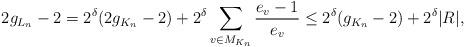
LaTeX: \begin{align*}2g_{L_n}-2=2^{\delta}(2g_{K_n}-2)+2^{\delta}\sum_{v\in M_{K_n}}\frac{e_v-1}{e_v}\leq 2^{\delta}(g_{K_n}-2)+2^{\delta}|R|,\end{align*}